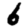
Digit: 6